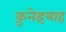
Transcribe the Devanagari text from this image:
क़ुनेइत्राह